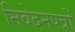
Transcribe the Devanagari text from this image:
निवेदनपत्रों